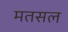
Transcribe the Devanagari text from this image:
मतसल